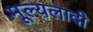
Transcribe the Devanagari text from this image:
मूल्यलादी